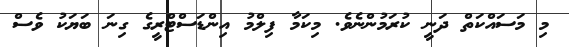
މި މަސައްކަތް ދަނީ ކުރަމުންނެވެ. މިކަމާ ފިލްމު އިންޑަސްޓްރީގެ ގިނަ ބަޔަކު ވެސް